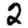
Digit: 2